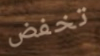
تخفض